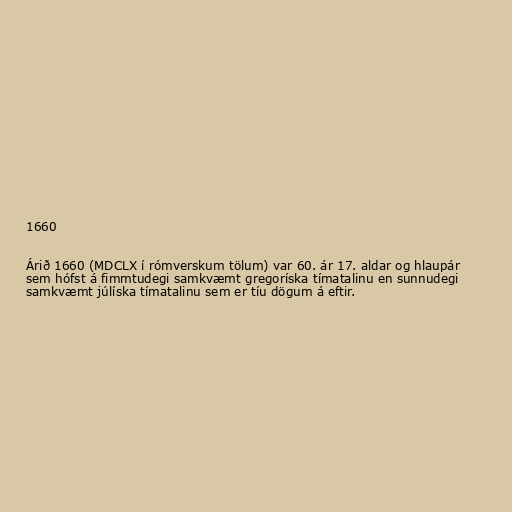
1660

Árið 1660 (MDCLX í rómverskum tölum) var 60. ár 17. aldar og hlaupár
sem hófst á fimmtudegi samkvæmt gregoríska tímatalinu en sunnudegi
samkvæmt júlíska tímatalinu sem er tíu dögum á eftir.